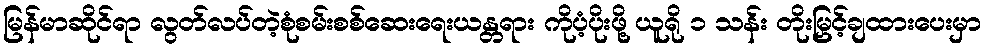
မြန်မာဆိုင်ရာ လွတ်လပ်တဲ့စုံစမ်းစစ်ဆေးရေးယန္တရား ကိုပံ့ပိုးဖို့ ယူရို ၁ သန်း တိုးမြှင့်ချထားပေးမှာ